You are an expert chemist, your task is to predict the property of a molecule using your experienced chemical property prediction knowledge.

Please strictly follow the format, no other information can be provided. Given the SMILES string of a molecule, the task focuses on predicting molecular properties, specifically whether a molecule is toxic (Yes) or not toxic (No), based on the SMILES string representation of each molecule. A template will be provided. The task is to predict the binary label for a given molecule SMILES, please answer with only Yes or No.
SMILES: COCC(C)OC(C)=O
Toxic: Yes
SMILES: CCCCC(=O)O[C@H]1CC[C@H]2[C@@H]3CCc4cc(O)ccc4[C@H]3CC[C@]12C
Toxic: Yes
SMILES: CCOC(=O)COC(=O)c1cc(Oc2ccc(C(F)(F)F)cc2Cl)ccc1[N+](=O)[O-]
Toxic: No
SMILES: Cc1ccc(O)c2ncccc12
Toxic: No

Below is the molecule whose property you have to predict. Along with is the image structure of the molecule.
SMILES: O=S(=O)(Oc1ccc(Cl)cc1)c1ccc(Cl)cc1
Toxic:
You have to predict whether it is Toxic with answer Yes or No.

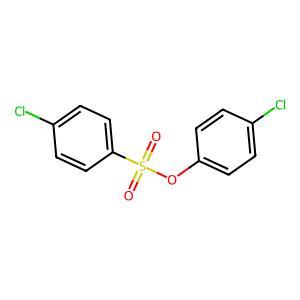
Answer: No